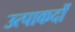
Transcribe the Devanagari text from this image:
उत्पाकदों